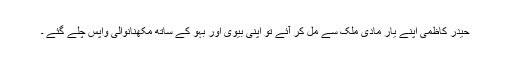
حیدر کاظمی اپنے یار مادی ملک سے مل کر آئے تو اپنی بیوی اور بہو کے ساتھ مکھنانوالی واپس چلے گئے ۔